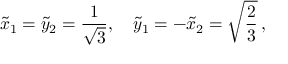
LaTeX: \tilde { x } _ { 1 } = \tilde { y } _ { 2 } = \frac { 1 } { \sqrt { 3 } } , \quad \tilde { y } _ { 1 } = - \tilde { x } _ { 2 } = \sqrt { \frac { 2 } { 3 } } \, ,